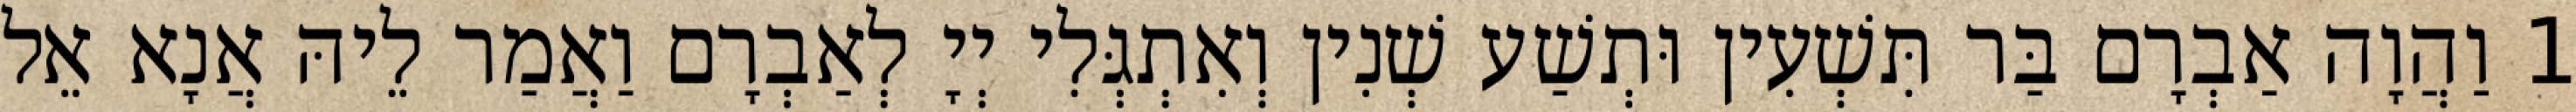
1 וַהֲוָה אַבְרָם בַּר תִּשְׁעִין וּתְשַׁע שְׁנִין וְאִתְגְּלִי יְיָ לְאַבְרָם וַאֲמַר לֵיהּ אֲנָא אֵל